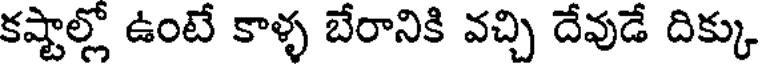
కష్టాల్లో ఉంటే కాళ్ళ బేరానికి వచ్చి దేవుడే దిక్కు